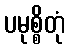
ပမုစ္စိတုံ